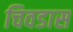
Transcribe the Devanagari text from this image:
चिवडास